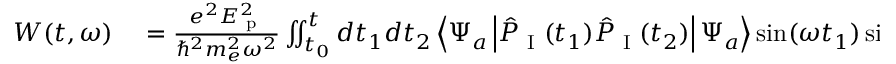
\begin{array} { r l } { W ( t , \omega ) } & { { } = \frac { e ^ { 2 } E _ { \textrm { p } } ^ { 2 } } { \hbar ^ { 2 } m _ { e } ^ { 2 } \omega ^ { 2 } } \iint _ { t _ { 0 } } ^ { t } d t _ { 1 } d t _ { 2 } \left\langle \Psi _ { a } \left| \hat { P } _ { \textrm { I } } ( t _ { 1 } ) \hat { P } _ { \textrm { I } } ( t _ { 2 } ) \right| \Psi _ { a } \right\rangle \sin ( \omega t _ { 1 } ) \sin ( \omega t _ { 2 } ) } \end{array}